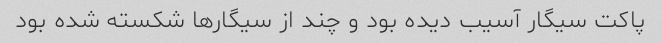
پاکت سیگار آسیب دیده بود و چند از سیگار‌ها شکسته شده بود